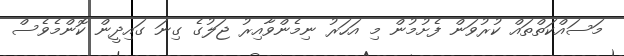
މަސައްކަތްތައް ކުރުވަން ފެށުމުން މި އަހަރު ނިމެންވާއިރު ޖަލުގެ ގިނަ ގައިދީން ކޮންމެވެސް